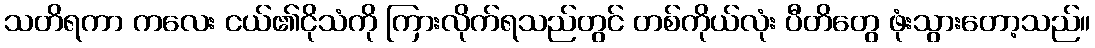
သတိရကာ ကလေး ငယ်၏ငိုသံကို ကြားလိုက်ရသည်တွင် တစ်ကိုယ်လုံး ပီတိတွေ ဖုံးသွားတော့သည်။